Annual report on the working of the mental hospitals in the Madras Presidency - 1912-1932
Year: 1912
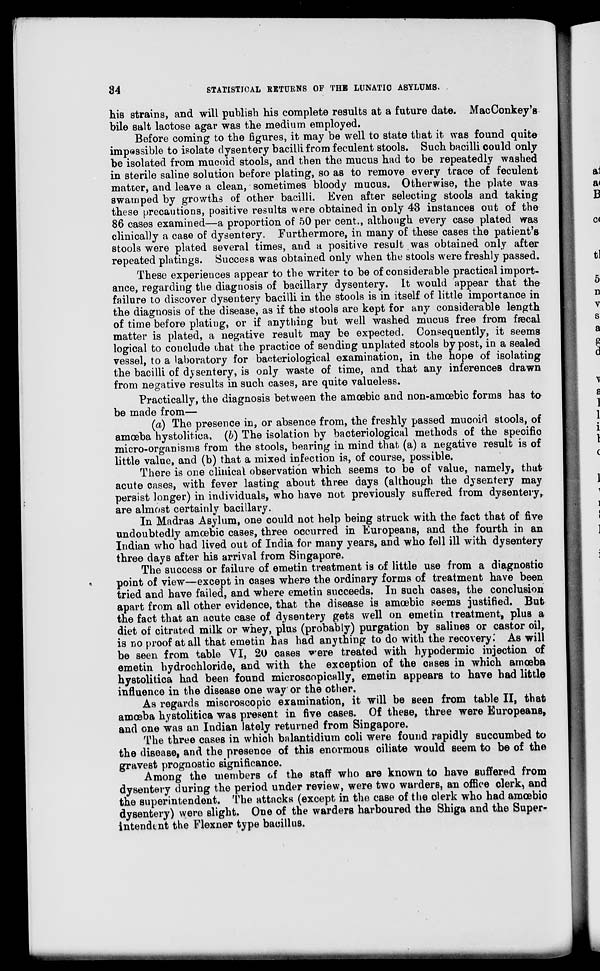
34
STATISTICAL RETURNS OF THE LUNATIC ASYLUMS.
his strains, and will publish his complete results at a future date. MacConkey's
bile salt lactose agar was the medium employed.
Before coming to the figures, it may be well to state that it was found quite
impossible to isolate dysentery bacilli from feculent stools. Such bacilli could only
be isolated from mucoid stools, and then the mucus had to be repeatedly washed
in sterile saline solution before plating, so as to remove every trace of feculent
matter, and leave a clean, sometimes bloody mucus. Otherwise, the plate was
swamped by growths of other bacilli. Even after selecting stools and taking
these precautions, positive results were obtained in only 43 instances out of the
86 cases examined—a proportion of 50 per cent., although every case plated was
clinically a case of dysentery. Furthermore, in many of these cases the patient's
stools were plated several times, and a positive result was obtained only after
repeated platings. Success was obtained only when the stools were freshly passed.
These experiences appear to the writer to be of considerable practical import-
ance, regarding the diagnosis of bacillary dysentery. It would appear that the
failure to discover dysentery bacilli in the stools is in itself of little importance in
the diagnosis of the disease, as if the stools are kept for any considerable length
of time before plating, or if anything but well washed mucus free from fæcal
matter is plated, a negative result may be expected. Consequently, it seems
logical to conclude that the practice of sending unplated stools by post, in a sealed
vessel, to a laboratory for bacteriological examination, in the hope of isolating
the bacilli of dysentery, is only waste of time, and that any inferences drawn
from negative results in such cases, are quite valueless.
Practically, the diagnosis between the amœbic and non-amoebic forms has to
be made from—
(a) The presence in, or absence from, the freshly passed mucoid stools, of
amoeba hystolitica. (b) The isolation by bacteriological methods of the specific
micro-organisms from the stools, bearing in mind that (a) a negative result is of
little value, and (b) that a mixed infection is, of course, possible.
There is one clinical observation which seems to be of value, namely, that
acute cases, with fever lasting about three days (although the dysentery may
persist longer) in individuals, who have not previously suffered from dysentery,
are almost certainly bacillary.
In Madras Asylum, one could not help being struck with the fact that of five
undoubtedly amœbic cases, three occurred in Europeans, and the fourth in an
Indian who had lived out of India for many years, and who fell ill with dysentery
three days after his arrival from Singapore.
The success or failure of emetin treatment is of little use from a diagnostic
point of view—except in cases where the ordinary forms of treatment have been
tried and have failed, and where emetin succeeds. In such cases, the conclusion
apart from all other evidence, that the disease is amoebic seems justified. But
the fact that an acute case of dysentery gets well on emetin treatment, plus a
diet of citrated milk or whey, plus (probably) purgation by salines or castor oil,
is no proof at all that emetin has had anything to do with the recovery. As will
be seen from table VI, 20 cases were treated with hypodermic injection of
emetin hydrochloride, and with the exception of the cases in which amoeba
hystolitica had been found microscopically, emetin appears to have had little
influence in the disease one way or the other.
As regards miscroscopic examination, it will be seen from table II, that
amoeba hystolitica was present in five cases. Of these, three were Europeans,
and one was an Indian lately returned from Singapore.
The three cases in which balantidium coli were found rapidly succumbed to
the disease, and the presence of this enormous ciliate would seem to be of the
gravest prognostic significance.
Among the members of the staff who are known to have suffered from
dysentery during the period under review, were two warders, an office clerk, and
the superintendent. The attacks (except in the case of the clerk who had amœbic
dysentery) were slight. One of the warders harboured the Shiga and the Super-
intendent the Flexner type bacillus.